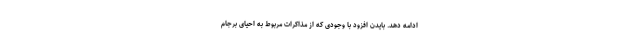
ادامه دهد. بایدن افزود با وجودی که از مذاکرات مربوط به احیای برجام